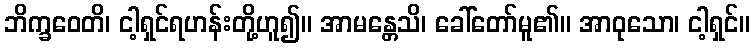
ဘိက္ခဝေတိ၊ ငါ့ရှင်ရဟန်းတို့ဟူ၍။ အာမန္တေသိ၊ ခေါ်တော်မူ၏။ အာဝုသော၊ ငါ့ရှင်။